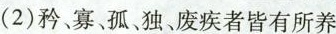
(2)矜、寡、孤、独、废疾者皆有所养